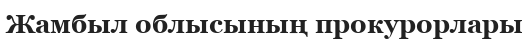
Жамбыл облысының прокурорлары